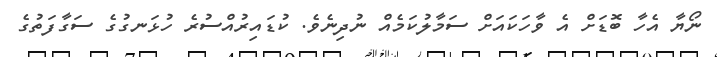
ނޯޔާ އެހާ ބޮޑަށް އެ ވާހަކައަށް ސަމާލުކަމެއް ނުދިނެވެ. ކުޑައިރުއްސުރެ ހުޅަނގުގެ ސަގާފަތުގެ